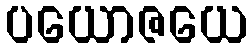
ပယောဇယေ